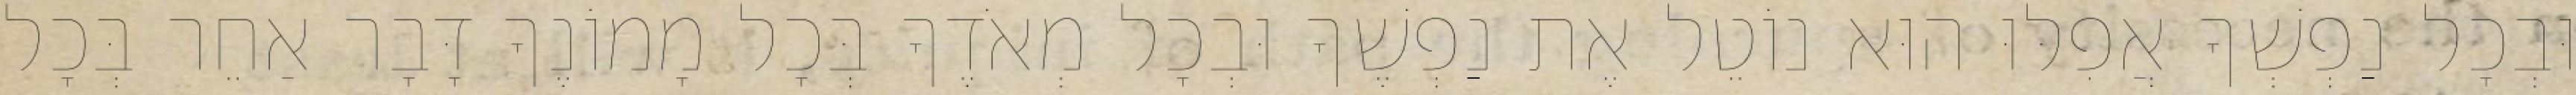
וּבְכָל נַפְשְׁךָ אֲפִלּוּ הוּא נוֹטֵל אֶת נַפְשֶׁךָ וּבְכָל מְאֹדֶךָ בְּכָל מָמוֹנֶךָ דָּבָר אַחֵר בְּכָל